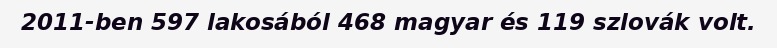
2011-ben 597 lakosából 468 magyar és 119 szlovák volt.